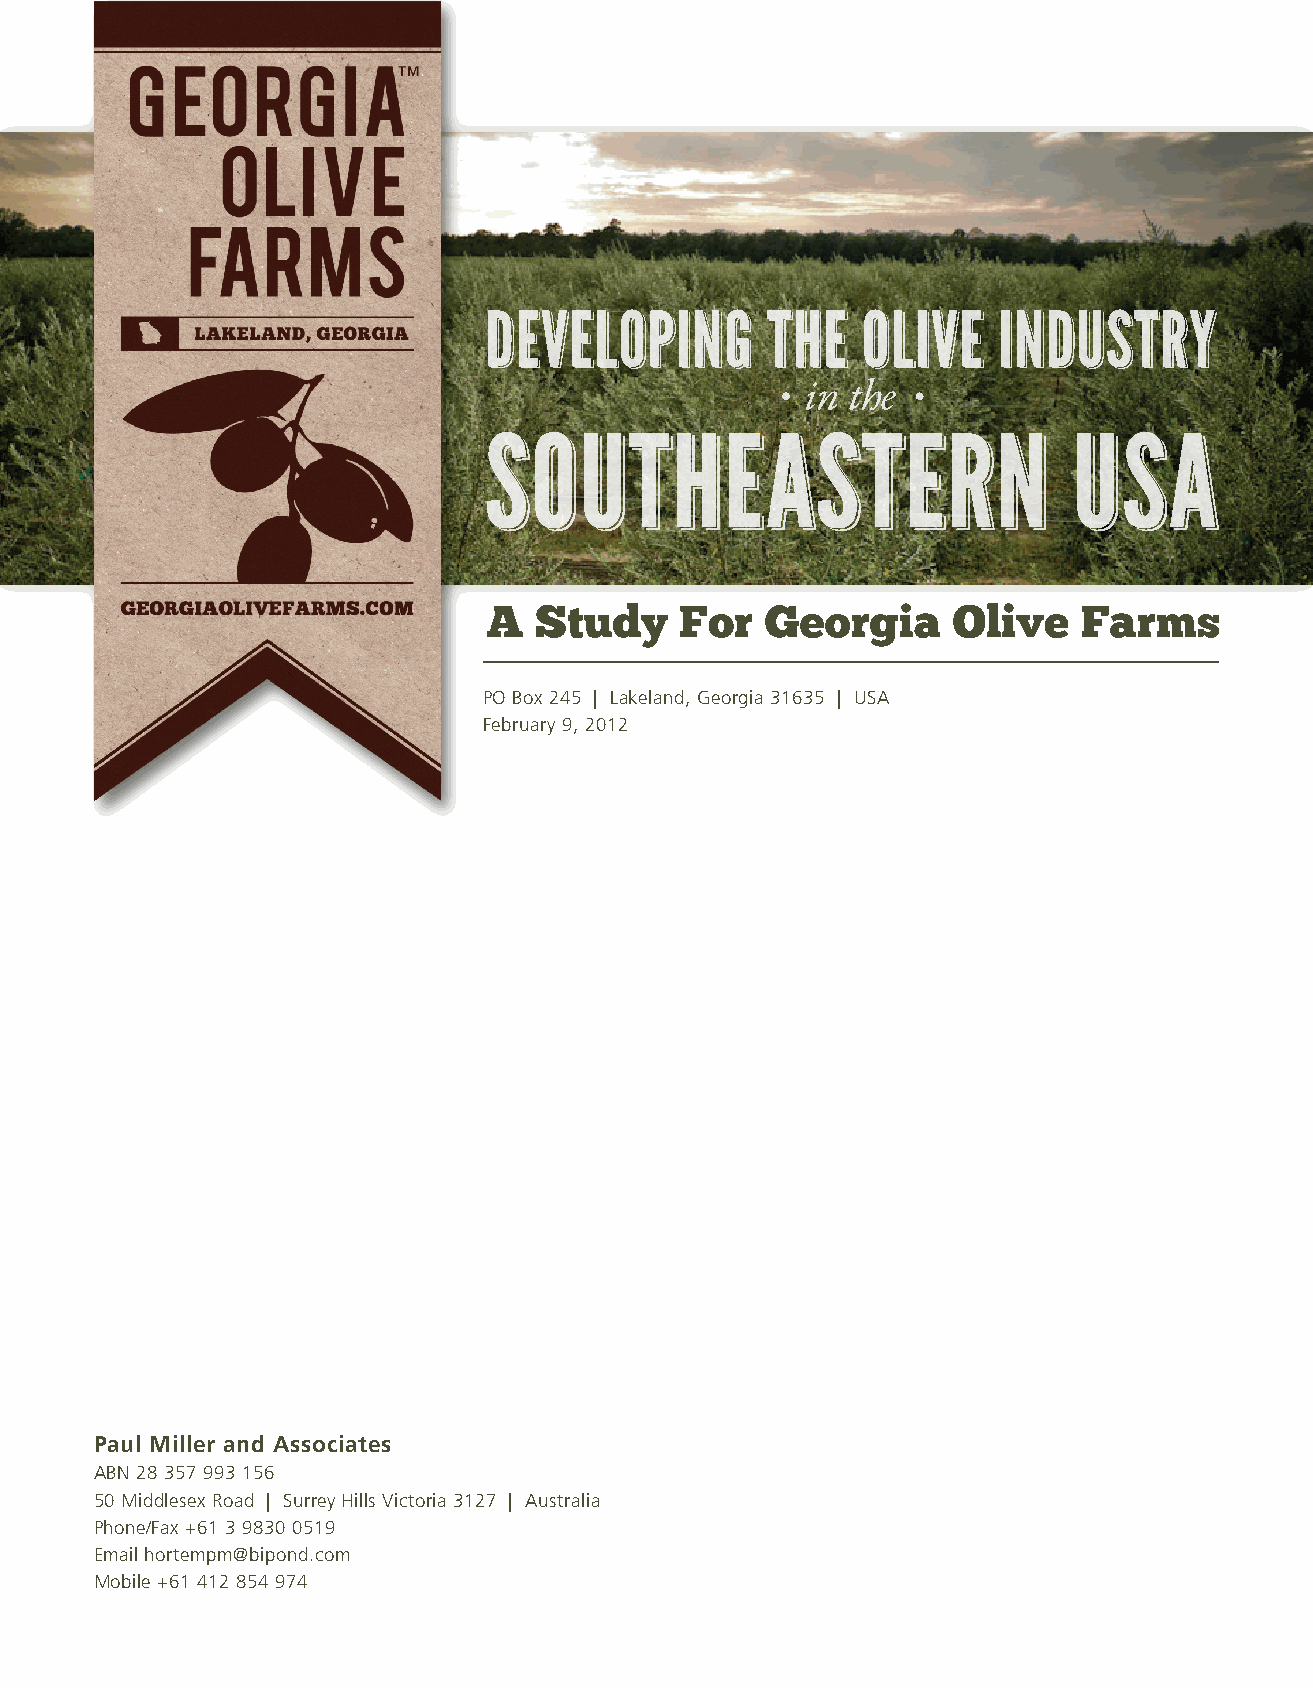
PO Box 245 | Lakeland, Georgia 31635 | USA
 February 9, 2012
 Paul Miller and Associates
 ABN 28 357 993 156
 50 Middlesex Road | Surrey Hills Victoria 3127 | Australia
 Phone/Fax +61 3 9830 0519
 Email hortempm@bipond.com
 Mobile +61 412 854 974